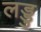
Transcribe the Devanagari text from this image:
लड्डु